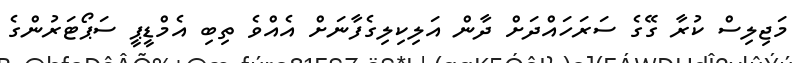
މަޖިލިސް ކުރާ ގޭގެ ސަރަހައްދަށް ދާން އަލިކިލިގެފާނަށް އެއްވެ ތިބި އެމްޑީޕީ ސަޕޯޓަރުންގެ